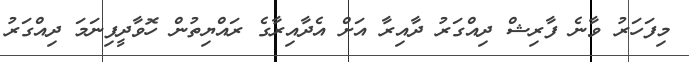
މިފަހަރު ވާނެ ފާރިޝް ދިއްގަރު ދާއިރާ އަށް އެދާއިރާގެ ރައްޔިތުން ހޮވާދީފިނަމަ ދިއްގަރު